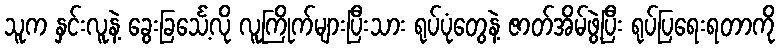
သူက နှင်းလူနဲ့ ခွေးခြင်္သေ့လို လူကြိုက်များပြီးသား ရုပ်ပုံတွေနဲ့ ဇာတ်အိမ်ဖွဲ့ပြီး ရုပ်ပြရေးရတာကို